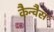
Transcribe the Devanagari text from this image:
कैन्वैस